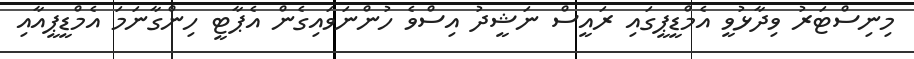
މިނިސްޓަރު ވިދާޅުވީ އެމްޑީޕީގައި ރައީސް ނަޝީދު އިސްވެ ހުންނަވައިގެން އެޕާޓީ ހިންގާނަމަ އެމްޑީޕީއާއި